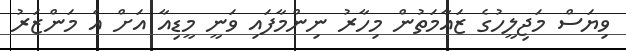
ވިޔަސް މަޖިލީހުގެ ޒައާމަތުން މިހާރު ނިންމާފައި ވަނީ މީޑިއާ އަށް އެ މަންޒަރު